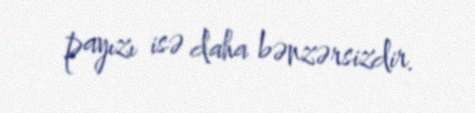
payızı isə daha bənzərsizdir.